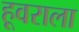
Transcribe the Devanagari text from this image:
हूवराला